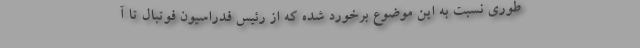
طوری نسبت به این موضوع برخورد شده که از رئیس فدراسیون فوتبال تا آ